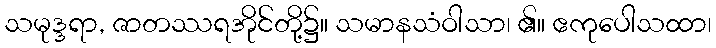
သမုဒ္ဒရာ, ဇာတဿရအိုင်တို့၌။ သမာနသံဝါသာ၊ ၏။ ဧကုပေါသထာ၊